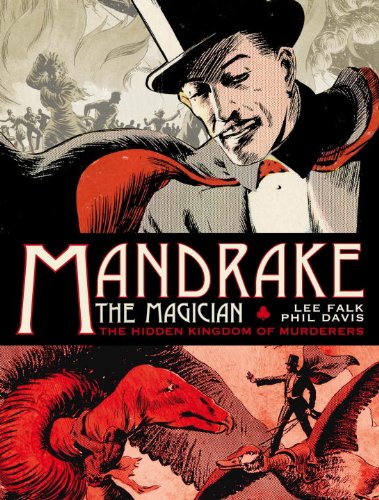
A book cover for Mandrake the Magician: The Sundays Volume One, The Hidden Kingdom of Murderers; Lee Falk; Comics & Graphic Novels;